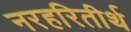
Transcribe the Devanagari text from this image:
नरहरितीर्थ